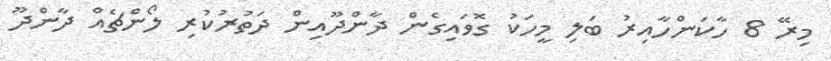
މިރޭ 8 ހާކަންހާއިރު ބަލި މީހަކު ގޮވައިގެން ދާންދޫއިން ދަތުރުކުރި ލޯންޗެއް ދާންދޫ